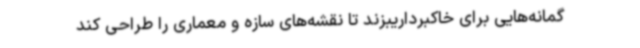
گمانه‌هایی برای خاکبرداریبزند تا نقشه‌های سازه و معماری را طراحی کند